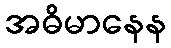
အဓိမာနေန